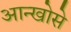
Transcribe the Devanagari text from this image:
आन्खोसे